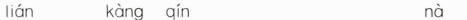
lián kàng qín nà